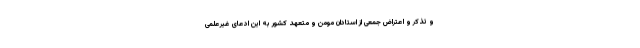
و تذکر و اعتراض جمعی از استادان مومن و متعهد کشور به این ادعای غیرعلمی